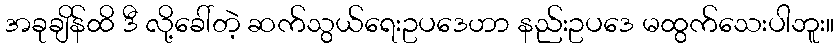
အခုချိန်ထိ ဒီ လို့ခေါ်တဲ့ ဆက်သွယ်ရေးဥပဒေဟာ နည်းဥပဒေ မထွက်သေးပါဘူး။